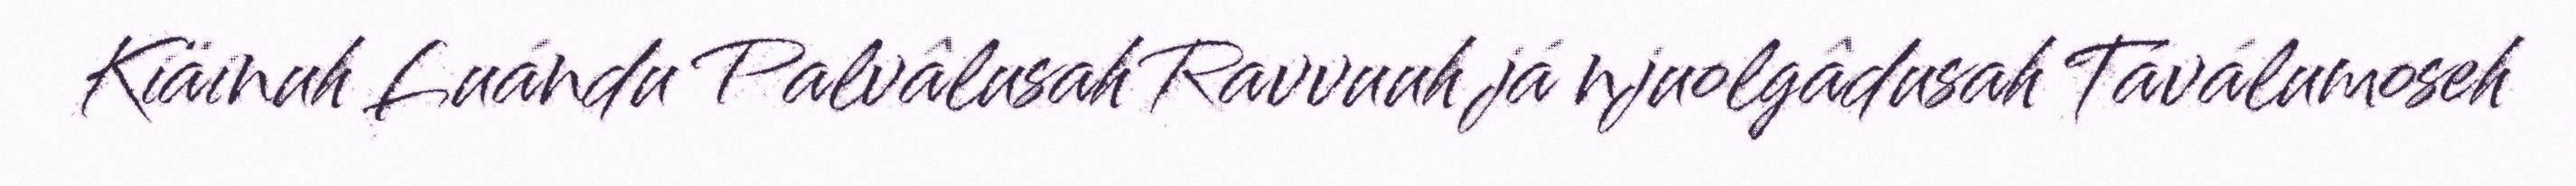
Kiäinuh Luándu Palvâlusah Ravvuuh já njuolgâdusah Táválumoseh